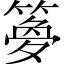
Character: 𫂝